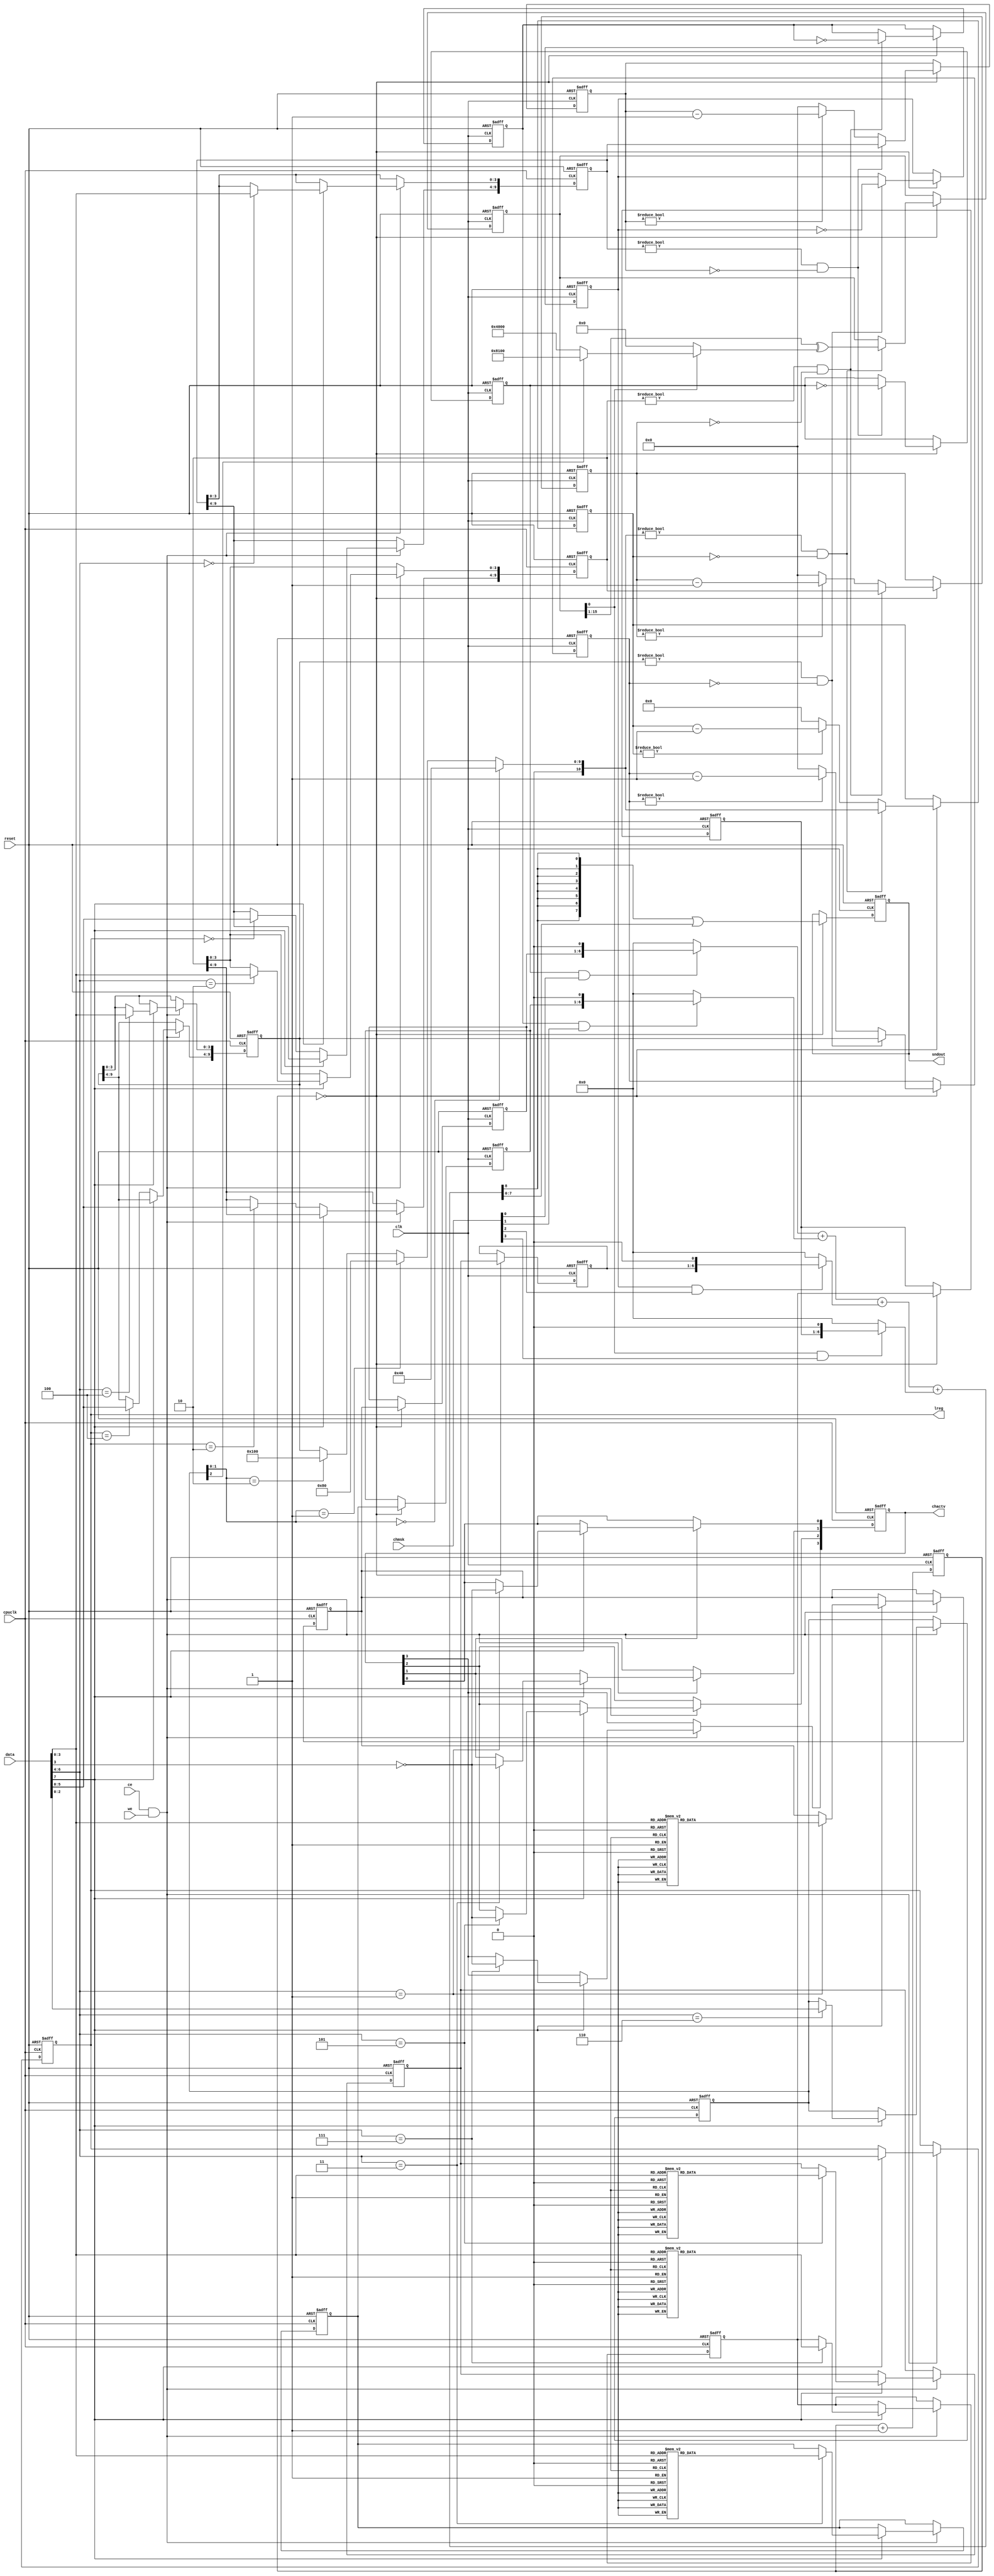
// Copyright (c) 2017,19 MiSTer-X

module SN76496
(
	input			     clk,
	input				  cpuclk,
	input				  reset,
	input				  ce,
	input	 		     we,
	input	     [7:0] data,
	input      [3:0] chmsk,
	output reg [7:0] sndout,
	output reg [3:0] chactv,
	output reg [2:0] lreg
);

`define RNGINI	16'h0F35
`define RNGFB0	16'h4000
`define RNGFB1 16'h8100

function [5:0] voltbl;
input [3:0] idx;
	case (idx)
	4'h0: voltbl = 63;
	4'h1: voltbl = 50;
	4'h2: voltbl = 40;
	4'h3: voltbl = 32;
	4'h4: voltbl = 25;
	4'h5: voltbl = 20;
	4'h6: voltbl = 16;
	4'h7: voltbl = 13;
	4'h8: voltbl = 10;
	4'h9: voltbl = 8;
	4'hA: voltbl = 6;
	4'hB: voltbl = 5;
	4'hC: voltbl = 4;
	4'hD: voltbl = 3;
	4'hE: voltbl = 2;
	4'hF: voltbl = 0;
	endcase
endfunction

reg  [3:0]	clks;

reg  [2:0]	nzc;
reg  [9:0]	fq0, fq1, fq2;
reg  [9:0]	fc0, fc1, fc2;
reg  [5:0]	fv0, fv1, fv2, fv3;
reg  [5:0] _fv0,_fv1,_fv2,_fv3;
reg			fo0, fo1, fo2;

reg  [15:0] rng = `RNGINI;
wire [15:0] rfb = rng[0] ? ( nzc[2] ? `RNGFB1 : `RNGFB0 ) : 16'h0;

wire  [1:0] nfq = nzc[1:0];
wire [10:0] fq3 = ( nfq == 2'b00 ) ?  64 :
				 	   ( nfq == 2'b01 ) ? 128 :
					   ( nfq == 2'b10 ) ? 256 : fq2;
reg  [10:0] fc3;
wire			fo3 = rng[0];

wire [7:0]	o0 = ( fo0 & chmsk[0] ) ? { 1'b0, fv0, 1'b0 } : 8'h0;
wire [7:0]	o1 = ( fo1 & chmsk[1] ) ? { 1'b0, fv1, 1'b0 } : 8'h0;
wire [7:0]	o2 = ( fo2 & chmsk[2] ) ? { 1'b0, fv2, 1'b0 } : 8'h0;
wire [7:0]	o3 = ( fo3 & chmsk[3] ) ? { 1'b0, fv3, 1'b0 } : 8'h0;

wire [8:0]	sndmix = o0 + o1 + o2 + o3;

always @( posedge cpuclk or posedge reset ) begin
	if ( reset ) begin
		lreg <= 0;
		_fv0 <= 0;
		_fv1 <= 0;
		_fv2 <= 0;
		_fv3 <= 0;
		fq0 <= 0;
		fq1 <= 0;
		fq2 <= 0;
		nzc <= 0;
		chactv <= 0;
	end
	else begin
		// Register write
		if ( ce & we ) begin
			if ( data[7] ) begin
				lreg <= data[6:4];
				case ( data[6:4] )
				3'h0: fq0[3:0] <= data[3:0]; 
				3'h2: fq1[3:0] <= data[3:0]; 
				3'h4: fq2[3:0] <= data[3:0]; 
				3'h1: begin _fv0 <= voltbl(data[3:0]); chactv[0] <= (~data[3]); end
				3'h3: begin _fv1 <= voltbl(data[3:0]); chactv[1] <= (~data[3]); end
				3'h5: begin _fv2 <= voltbl(data[3:0]); chactv[2] <= (~data[3]); end
				3'h7: begin _fv3 <= voltbl(data[3:0]); chactv[3] <= (~data[3]); end
				3'h6: begin nzc <= data[2:0]; end
				endcase
			end
			else begin
				case ( lreg )
				3'h0: fq0[9:4] <= data[5:0]; 
				3'h2: fq1[9:4] <= data[5:0]; 
				3'h4: fq2[9:4] <= data[5:0]; 
				default: begin end
				endcase
			end
		end
	end
end
	

always @( posedge clk or posedge reset ) begin
	// Reset
	if ( reset ) begin
		sndout <= 0;
		fv0 <= 0;
		fv1 <= 0;
		fv2 <= 0;
		fv3 <= 0;
		fc0 <= 0;
		fc1 <= 0;
		fc2 <= 0;
		fc3 <= 0;
		fo0 <= 0;
		fo1 <= 0;
		fo2 <= 0;
		clks <= 0;
		rng  <= `RNGINI;
	end
	else begin

		// OSCs update
		clks <= clks+1;
		if ( clks == 0 ) begin

			fv0 <= _fv0;
			fv1 <= _fv1;
			fv2 <= _fv2;
			fv3 <= _fv3;

			if ( fq0 != 0 && fc0 == 0 ) begin
				fc0 <=  fq0;
				fo0 <= ~fo0;
			end
			else fc0 <= (fc0!=0) ? (fc0-1) : 0;
			
			if ( fq1 != 0 && fc1 == 0 ) begin
				fc1 <=  fq1;
				fo1 <= ~fo1;
			end
			else fc1 <= (fc1!=0) ? (fc1-1) : 0;

			if ( fq2 != 0 && fc2 == 0 ) begin
				fc2 <=  fq2;
				fo2 <= ~fo2;
			end
			else fc2 <= (fc2!=0) ? (fc2-1) : 0;

			// NoiseGen update
			if ( fq3 != 0 && fc3 == 0 ) begin
				fc3 <= fq3;
				rng <= { 1'b0, rng[15:1] } ^ rfb;
			end
			else fc3 <= (fc3!=0) ? (fc3-1) : 0;

			// Sound update
			sndout <= {8{sndmix[8]}}|(sndmix[7:0]);

		end

	end

end

endmodule